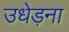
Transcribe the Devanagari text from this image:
उधेड़ना